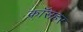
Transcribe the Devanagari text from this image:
क्रॉसहर